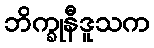
ဘိက္ခုနီဒူသက